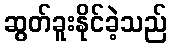
ဆွတ်ခူးနိုင်ခဲ့သည်